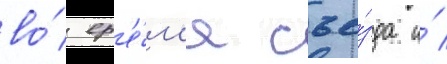
во́ вр'е́м'я съе́зда и́